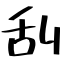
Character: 刮